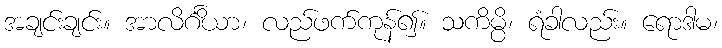
အချင်းချင်း။ အာလိင်္ဂိယာ၊ လည်ဖက်ကုန်၍။ သကိမ္ပိ၊ ရံခါလည်း။ ရောဒါမ၊